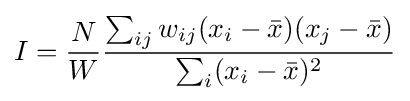
I={\frac {N}{W}}{\frac {\sum _{ij}w_{ij}(x_{i}-{\bar {x}})(x_{j}-{\bar {x}})}{\sum _{i}(x_{i}-{\bar {x}})^{2}}}